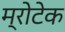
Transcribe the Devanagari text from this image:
म्रोटेक